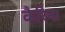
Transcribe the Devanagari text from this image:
कैरिना